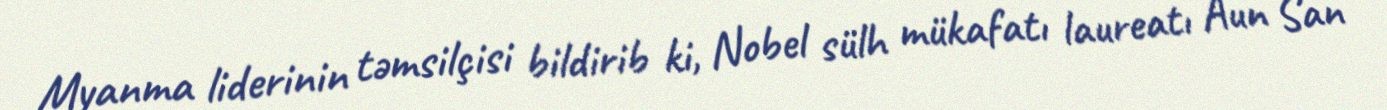
Myanma liderinin təmsilçisi bildirib ki, Nobel sülh mükafatı laureatı Aun San